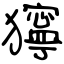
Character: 獰